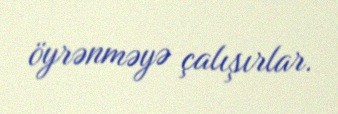
öyrənməyə çalışırlar.